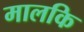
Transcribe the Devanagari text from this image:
मालकि